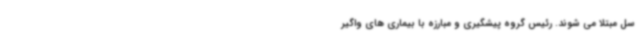
سل مبتلا می شوند. رئیس گروه پیشگیری و مبارزه با بیماری های واگیر